Report on vaccination proceedings throughout the Government of Bengal -
Year: 1868
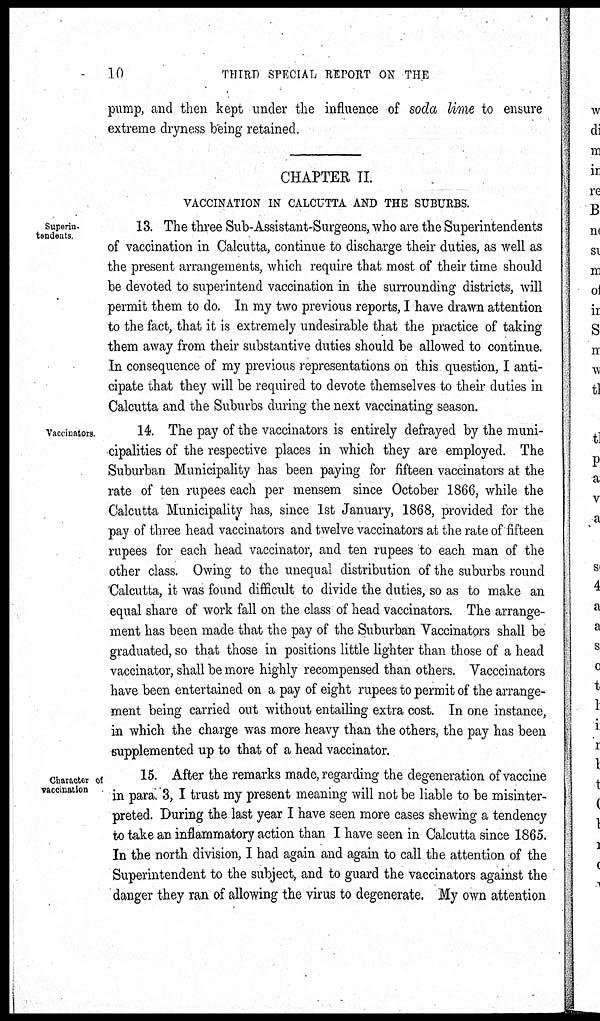
10
THIRD SPECIAL REPORT ON THE
pump, and then kept under the influence of soda lime to ensure
extreme dryness being retained.
CHAPTER II.
VACCINATION IN CALCUTTA AND THE SUBURBS.
Superin¬
tendents.
13. The three Sub-Assistant-Surgeons, who are the Superintendents
of vaccination in Calcutta, continue to discharge their duties, as well as
the present arrangements, which require that most of their time should
be devoted to superintend vaccination in the surrounding districts, will
permit them to do. In my two previous reports, I have drawn attention
to the fact, that it is extremely undesirable that the practice of taking
them away from their substantive duties should be allowed to continue.
In consequence of my previous representations on this question, I anti-
cipate that they will be required to devote themselves to their duties in
Calcutta and the Suburbs during the next vaccinating season.
Vaccinators.
14. The pay of the vaccinators is entirely defrayed by the muni-
cipalities of the respective places in which they are employed. The
Suburban Municipality has been paying for fifteen vaccinators at the
rate of ten rupees each per mensem since October 1866, while the
Calcutta Municipality has, since 1st January, 1868, provided for the
pay of three head vaccinators and twelve vaccinators at the rate of fifteen
rupees for each head vaccinator, and ten rupees to each man of the
other class. Owing to the unequal distribution of the suburbs round
Calcutta, it was found difficult to divide the duties, so as to make an
equal share of work fall on the class of head vaccinators. The arrange-
ment has been made that the pay of the Suburban Vaccinators shall be
graduated, so that those in positions little lighter than those of a head
vaccinator, shall be more highly recompensed than others. Vacccinators
have been entertained on a pay of eight rupees to permit of the arrange-
ment being carried out without entailing extra cost. In one instance,
in which the charge was more heavy than the others, the pay has been
supplemented up to that of a head vaccinator.
Character of
vaccination
15. After the remarks made, regarding the degeneration of vaccine
in para. 3, I trust my present meaning will not be liable to be misinter-
preted. During the last year I have seen more cases shewing a tendency
to take an inflammatory action than I have seen in Calcutta since 1865.
In the north division, I had again and again to call the attention of the
Superintendent to the subject, and to guard the vaccinators against the
danger they ran of allowing the virus to degenerate. My own attention